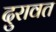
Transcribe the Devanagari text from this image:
दुरावत